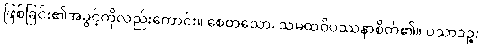
ဖြစ်ခြင်း၏အခွင့်ကိုလည်းကောင်း။ စေတသော၊ သမထဝိပဿနာစိတ်၏။ ပသာဒဉ္စ၊